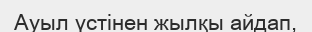
Ауыл үстінен жылқы айдап,